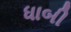
ધાબી